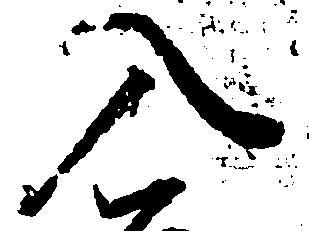
入